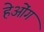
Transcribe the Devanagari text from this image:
हेओंग